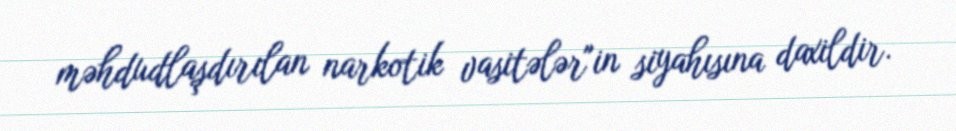
məhdudlaşdırılan narkotik vasitələr"in siyahısına daxildir.